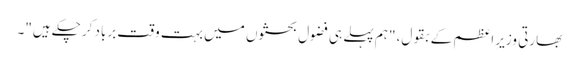
بھارتی وزیرِ اعظم کے بقول، "ہم پہلے ہی فضول بحثوں میں بہت وقت برباد کرچکے ہیں"۔